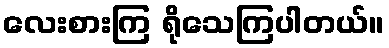
လေးစားကြ ရိုသေကြပါတယ်။